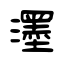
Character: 濹